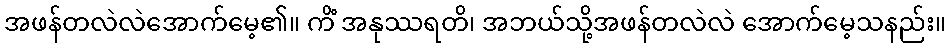
အဖန်တလဲလဲအောက်မေ့၏။ ကိံ အနုဿရတိ၊ အဘယ်သို့အဖန်တလဲလဲ အောက်မေ့သနည်း။